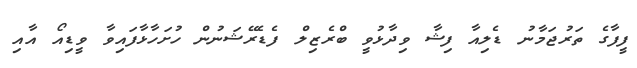
ފީފާގެ ތަރުޖަމާނު ޑެލިއާ ފިޝާ ވިދާޅުވީ ބްރެޒިލް ފެޑެރޭޝަނުން ހުށަހާޅާފައިވާ ވީޑިއޯ އާއި